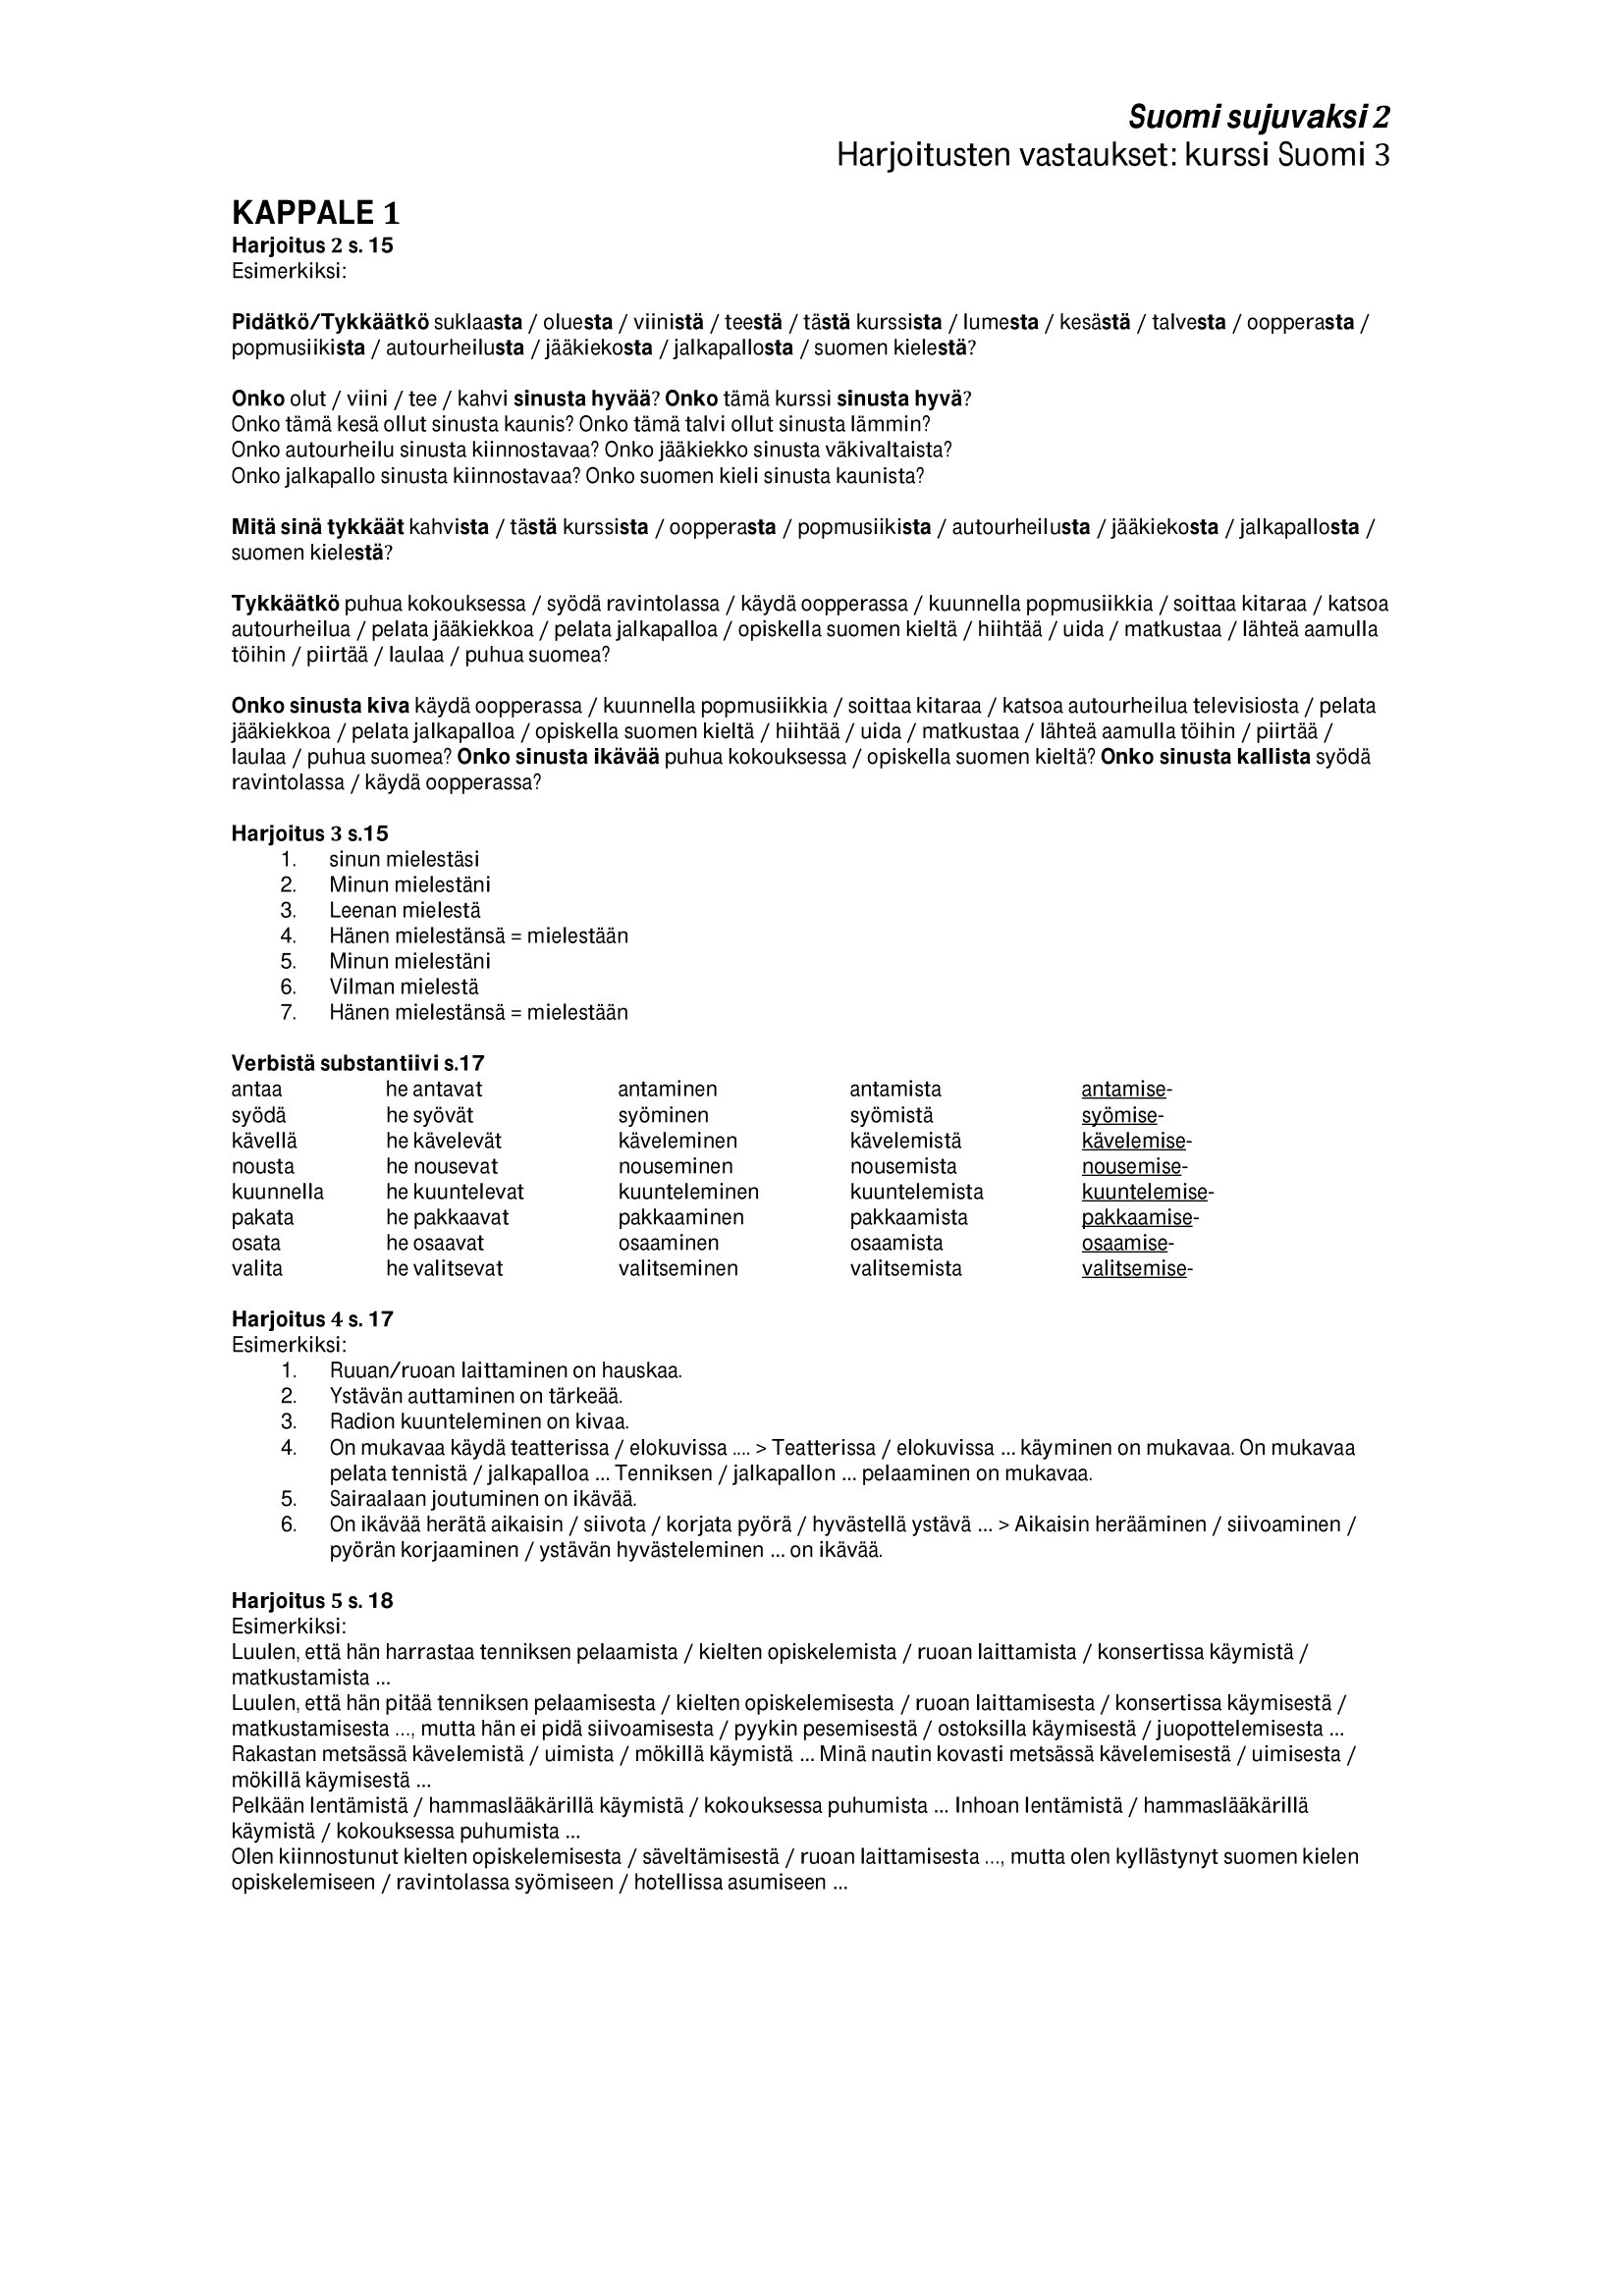
Language: fn